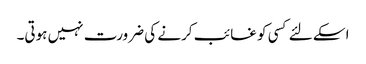
اسکے لئے کسی کو غائب کرنے کی ضرورت نہیں ہوتی۔